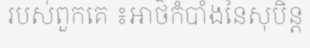
របស់ពួកគេ ៖អាថ៌កំបាំងនៃសុបិន្ត